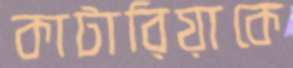
কাটারিয়াকে